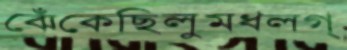
ঝেঁকেছিলুমধলগ্